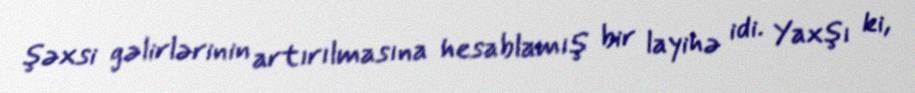
şəxsi gəlirlərinin artırılmasına hesablamış bir layihə idi. Yaxşı ki,